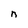
Character: n